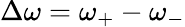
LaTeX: \Delta\omega=\omega_{+}-\omega_{-}